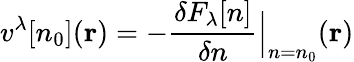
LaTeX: v^{\lambda}[n_{0}](\mathbf{r})=-\frac{\delta F_{\lambda}[n]}{\delta n}\Big|_{n=n_{0}}(\mathbf{r})